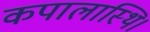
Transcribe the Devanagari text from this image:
कपालास्थि।